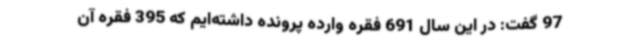
97 گفت: در این سال 691 فقره وارده پرونده داشته‌ایم که 395 فقره آن